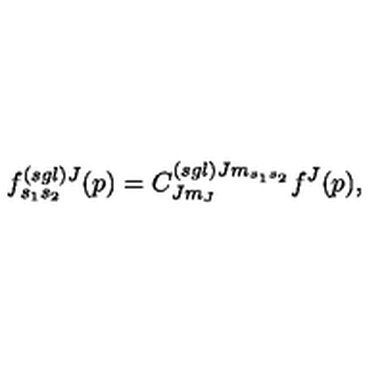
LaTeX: f _ { s _ { 1 } s _ { 2 } } ^ { \left( s g l \right) J } ( p ) = C _ { J m _ { J } } ^ { \left( s g l \right) J m _ { s _ { 1 } s _ { 2 } } } f ^ { J } ( p ) ,